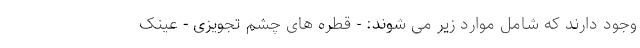
وجود دارند که شامل موارد زیر می شوند: - قطره های چشم تجویزی - عینک